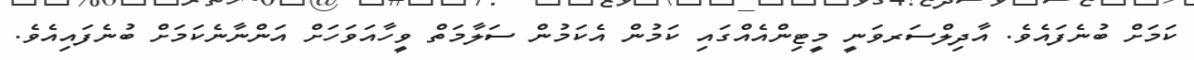
ކަމަށް ބުނެފައެވެ. އާދިލްސަރވަނީ މީޓިންއެއްގައި ކަމުން އެކަމުން ސަލާމަތް ވީހާއަވަހަށް އަންނާނެކަމަށް ބުނެފައިއެވެ.